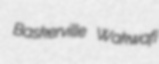
Baskerville Wakwafi